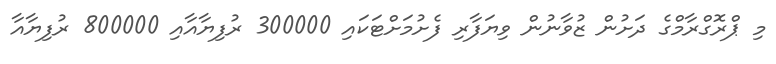
މި ޕްރޮގްރާމްގެ ދަށުން ޒުވާނުން ވިޔަފާރި ފެށުމަށްޓަކައި 300000 ރުފިޔާއާއި 800000 ރުފިޔާއާ